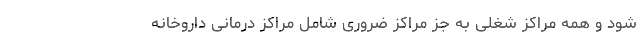
شود و همه مراکز شغلی به جز مراکز ضروری شامل مراکز درمانی داروخانه